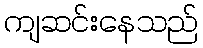
ကျဆင်းနေသည်